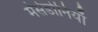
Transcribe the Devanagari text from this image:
मेसेडोनियाँ